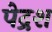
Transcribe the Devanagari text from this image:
पेद्रश